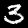
Label: 3